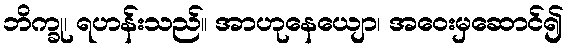
ဘိက္ခု၊ ရဟန်းသည်။ အာဟုနေယျော၊ အဝေးမှဆောင်၍